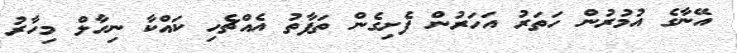
އޭނާގެ އުމުރުން ހަތަރު އަހަރުން ފެށިގެން ތަފާތު އެއްޗެހި ކައްކާ ނިހާލް މިހާރު